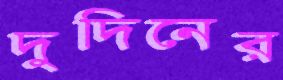
দুদিনের